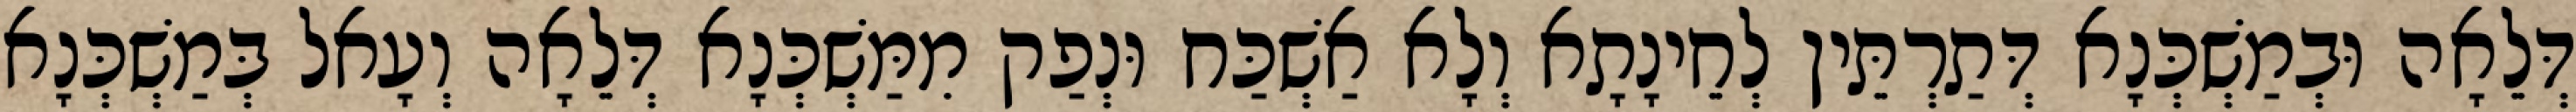
דְּלֵאָה וּבְמַשְׁכְּנָא דְּתַרְתֵּין לְחֵינָתָא וְלָא אַשְׁכַּח וּנְפַק מִמַּשְׁכְּנָא דְּלֵאָה וְעָאל בְּמַשְׁכְּנָא